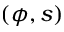
( \phi , s )